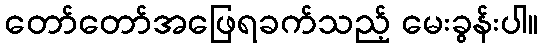
တော်တော်အဖြေရခက်သည့် မေးခွန်းပါ။